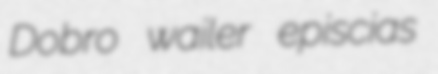
Dobro wailer episcias